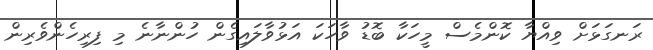
ރަނގަޅަށް ވިއްޔާ ކޮންމެސް މީހަކާ ބޮޑު ވާހަކަ އަޅުވާލައިގެން ހުންނާނެ މި ފިރިހެންވެރިން